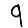
Digit: 9